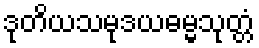
ဒုတိယသမုဒယဓမ္မသုတ္တံ